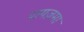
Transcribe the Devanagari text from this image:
पायज़मा